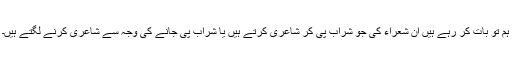
ہم تو بات کر رہے ہیں اُن شعراء کی جو شراب پی کر شاعری کرتے ہیں یا شراب پی جانے کی وجہ سے شاعری کرنے لگتے ہیں۔